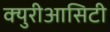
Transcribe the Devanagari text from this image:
क्युरीआसिटी